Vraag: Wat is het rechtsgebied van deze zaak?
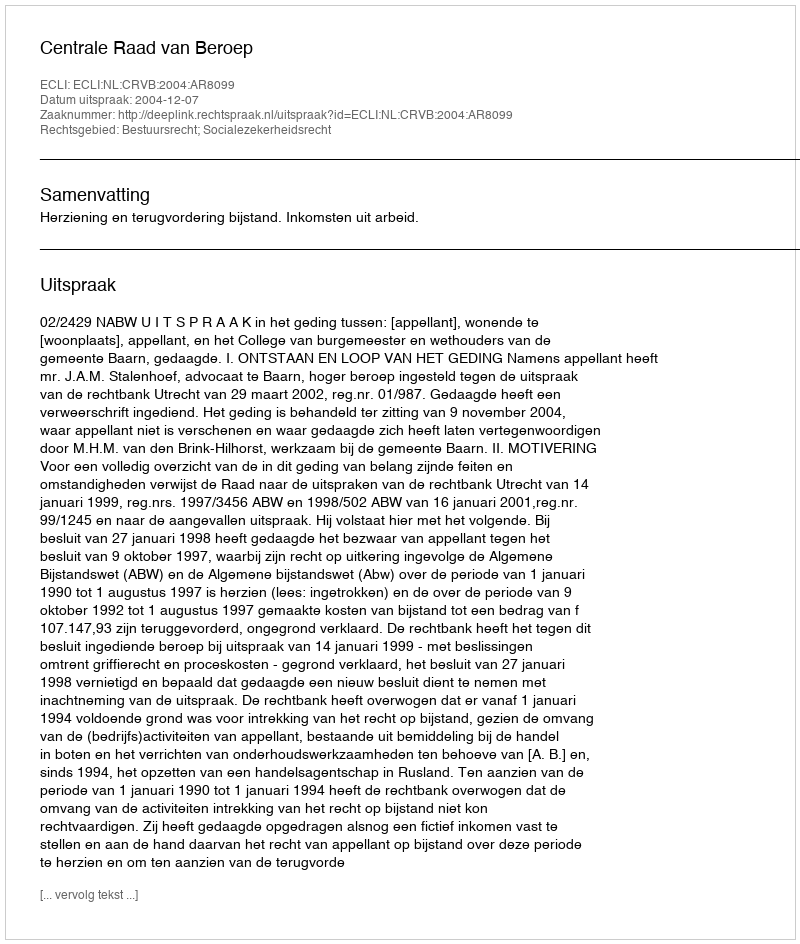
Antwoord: Bestuursrecht; Socialezekerheidsrecht